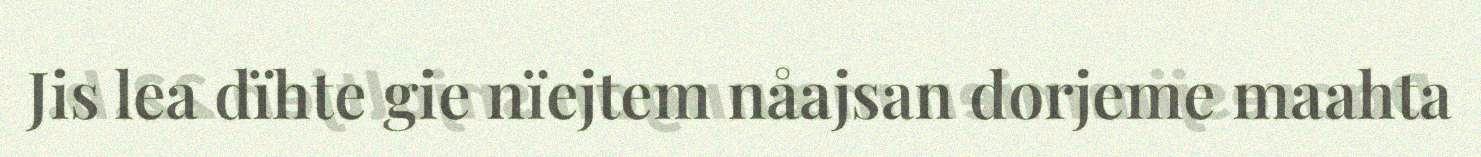
Jis lea dïhte gie nïejtem nåajsan dorjeme maahta